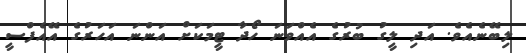
ލިބޭނެއެވެ. އަދި ލީގު ބުރުގެ އެއްވަނަ ހޯދާ ޓީމަކަށް އަންނަ އަހަރުގެ އޭއެފްސީ